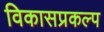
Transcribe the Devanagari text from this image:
विकासप्रकल्प